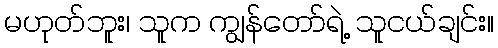
မဟုတ်ဘူး၊ သူက ကျွန်တော်ရဲ့ သူငယ်ချင်း။